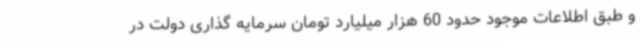
و طبق اطلاعات موجود حدود 60 هزار میلیارد تومان سرمایه گذاری دولت در